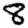
Digit: 8